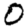
Digit: 0